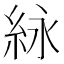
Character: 𬗊